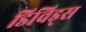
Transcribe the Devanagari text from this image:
डिविड्स